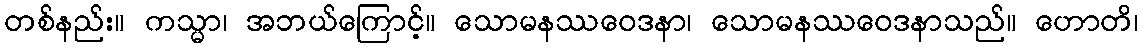
တစ်နည်း။ ကသ္မာ၊ အဘယ်ကြောင့်။ သောမနဿဝေဒနာ၊ သောမနဿဝေဒနာသည်။ ဟောတိ၊